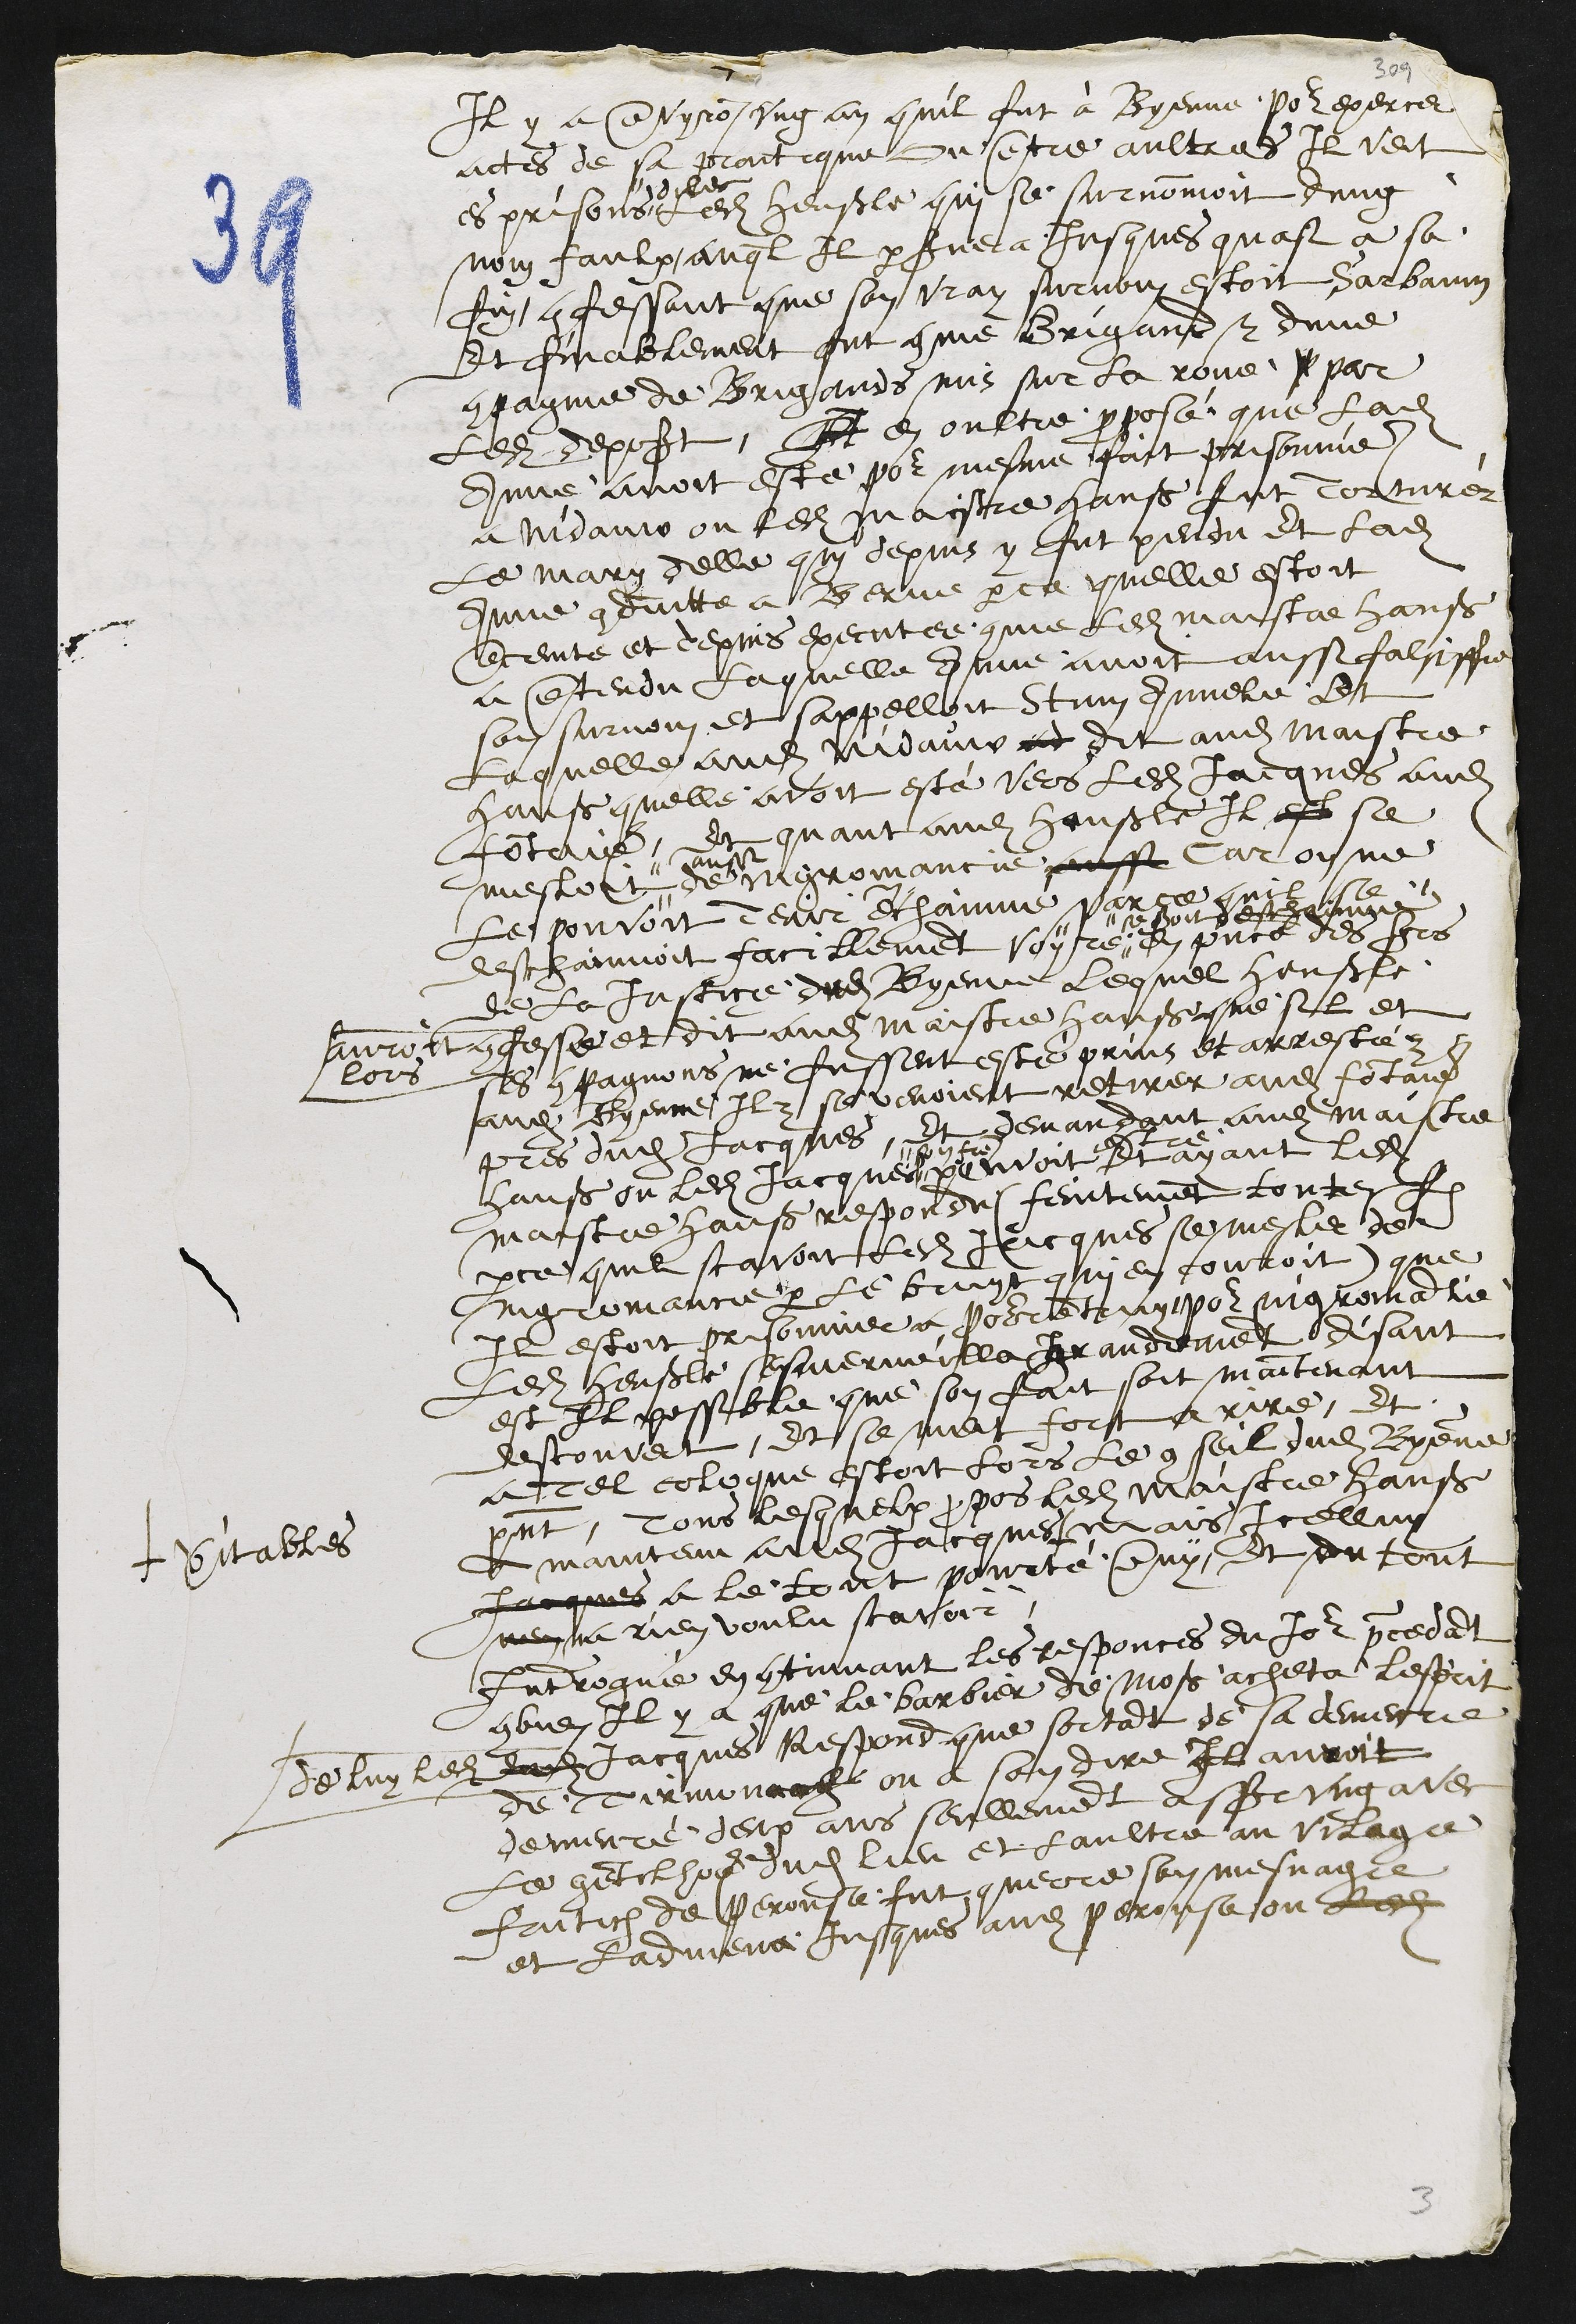
Il y a environ ung an quil fut à Bienne pour exercer
actes de sa praitique ou entre aultres Il veit
es prisons
dilec
ledit Henßle qui se surnommoit Dung
nom faulx auql Il perservera jusques quasi a sa
fin confessant que son vray surnomr estoit Sarbaum
Et finablement fut comme Brigand et dune
compagnie de Brigands mis sur la roue p par
ledit deposant, A en oultre proposé que ladite
Anne avoit este pour mesme fait prisonniere
a Nidauw ou ledit maistre Hanß fut torturer
Le mary delle qui depuis y fut pendu et ladite
Anne conduitte a Berne parce quelle estoit
enceinte et depuis executee comme ledit maistre Hanß
a entendu laquelle Anne avoit aussi falsiffie
son surnom et sappelloit Stum Annele Et
Laquelle audit Nidauw ad dit audit maistre
Hanß quelle avoit esté vers ledit Jacques audit
Fontaine, et quant audit henßle Il est se
mesloit
aussi
de nigromancie aussi car on ne
le pouvoit Tenir enchainne parce quil se
deschainnoit facillement voyre
se seroit deschainne
en presence des srs
de la justice dudit Byenne lequel Henßle
auroit
lors
confesse et dit audit Maistre Hanß que sil et
ses compagnons ne fussent esté prins et arrestéz
audit Byenne Ilz se venoient retirer audit Fontaine
pres dudit Jacques et demandant audit maistre
Hanß ou ledit Jacques
son frere
pouvoit
estre
Et ayant ledit
maistre Hanß respondu (feintement toutesfois
parce quil scavoit ledit Jaicques se mesler de
nigromancie par le bruyt qui en couroit) que
Il estoit prisonnier a Pourrentruy pour nigromantie
Ledit Henßle sesmerveilla grandement disant
est Il possible que son fait soit maintenant
descouvert, Et se meit fort a rire, Et
a tel coloque estoit lors le conseil dudit Byenne
present, Tous lesquelx propos ledit maistre Hanß
A maintenu audit Jacques #
# veritables
mais Icelluy
Jacques a le tout pourté deny, Et du tout
nen na rien voulu scavoir
Interrogué en continuant les responces du Jour precedant
combien Il y a que le barbier de Moß acheta lesprit
de luy ledit
dudit Jacques Respond que sortant de sa demeure
de Tirmonach ou a son dire Il auroit
demeuré deux ans seullement assr ung avec
le gentilhome dudit lieu et laultre au vilage
Frutig de Perouse fut querre son mesnage
et ladmena jusques audit perouse ou ledit

3